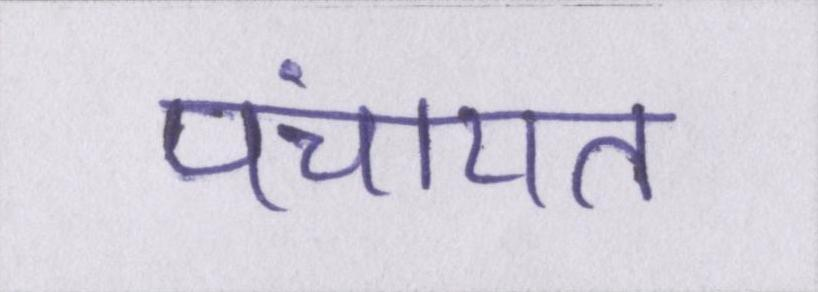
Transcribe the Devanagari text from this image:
पंचायत